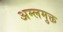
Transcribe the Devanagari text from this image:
अम्लमुक्त